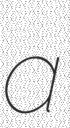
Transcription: a